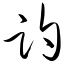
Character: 趵